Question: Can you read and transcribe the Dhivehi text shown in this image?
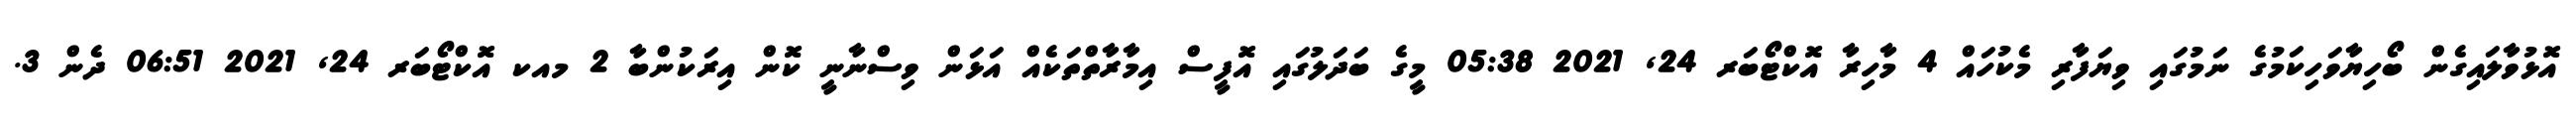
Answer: އޮޅުވާލައިގެން ބޯހިޔާވަހިކަމުގެ ނަމުގައި ވިޔަފާރި މެކުހައް 4 މާހިރާ އޮކްޓޯބަރ 24, 2021 05:38 މީގެ ބަދަލުގައި އޮފީސް އިމާރާތްތަކެއް އަޅަން ވިސްނާނީ ކޮން އިރަކުންބާ 2 މއކ އޮކްޓޯބަރ 24, 2021 06:51 ދެން 3.